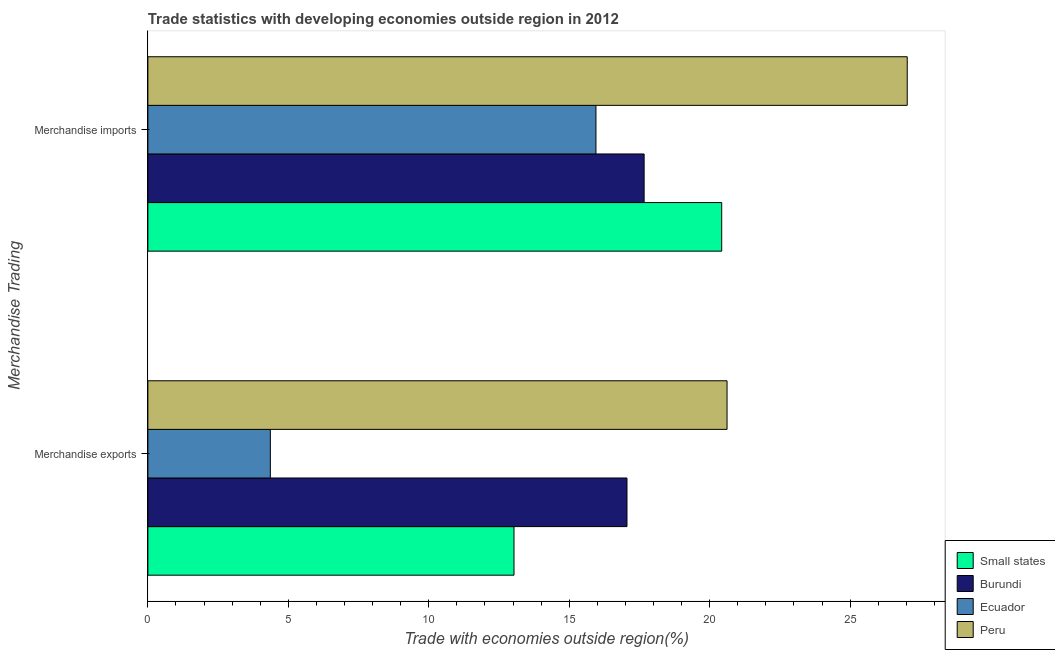
| Merchandise Trading | Small states | Burundi | Ecuador | Peru |
 | --- | --- | --- | --- | --- |
 | Merchandise exports | 13 | 17.1 | 4.36 | 20.6 |
 | Merchandise imports | 20.4 | 17.7 | 16 | 27 |